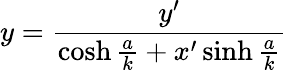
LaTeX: y={\frac{y^{\prime}}{\cosh{\frac{a}{k}}+x^{\prime}\sinh{\frac{a}{k}}}}